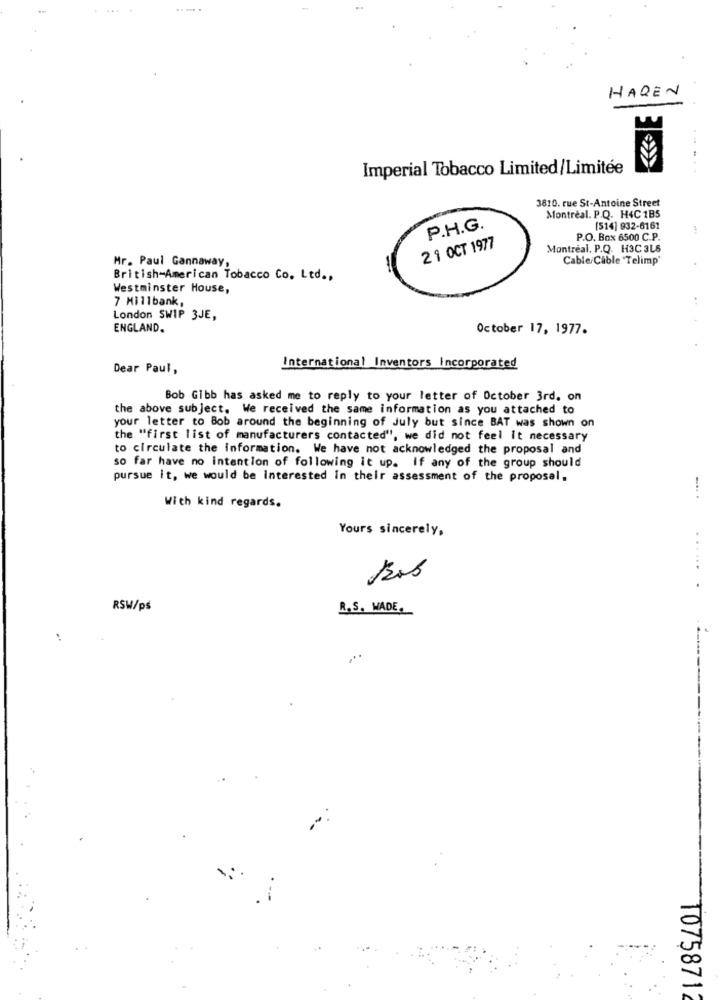
HAREN
Imperial Tobacco Limited/Limitée
......
3810. rue St-Antoine Street
Montréal. P.Q. H4C 1B5
P.H.G.
[514] 932-6161
P.O. Box 6500 C.P.
21 OCT 1977
Montréal. P.Q. H3C 3LS
Cable/Cable 'Telimp'
Mr. Paul Gannaway,
British-American Tobacco Co. Ltd .,
Westminster House,
7 Millbank,
London SWIP 3JE,
ENGLAND.
October 17, 1977.
Dear Paul,
International Inventors Incorporated
Bob Gibb has asked me to reply to your letter of October 3rd. on
the above subject. We received the same information as you attached to
your letter to Bob around the beginning of July but since BAT was shown on
the "first list of manufacturers contacted", we did not feel it necessary
to circulate the information. We have not acknowledged the proposal and
so far have no intention of following it up. If any of the group should
pursue it, we would be Interested in their assessment of the proposal.
With kind regards.
Yours sincerely,
......
RSW/ps
R.S. MADE.
1075871